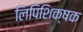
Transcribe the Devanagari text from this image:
लिपिशिक्षक